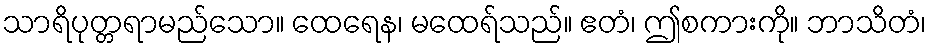
သာရိပုတ္တရာမည်သော။ ထေရေန၊ မထေရ်သည်။ ဧတံ၊ ဤစကားကို။ ဘာသိတံ၊